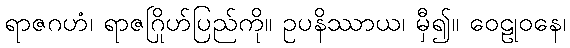
ရာဇဂဟံ၊ ရာဇဂြိုဟ်ပြည်ကို။ ဥပနိဿာယ၊ မှီ၍။ ဝေဠုဝနေ၊